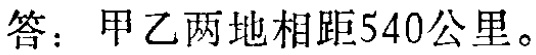
答：甲乙两地相距540公里。